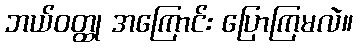
ဘယ်ဝတ္ထု အကြောင်း ပြောကြမလဲ။